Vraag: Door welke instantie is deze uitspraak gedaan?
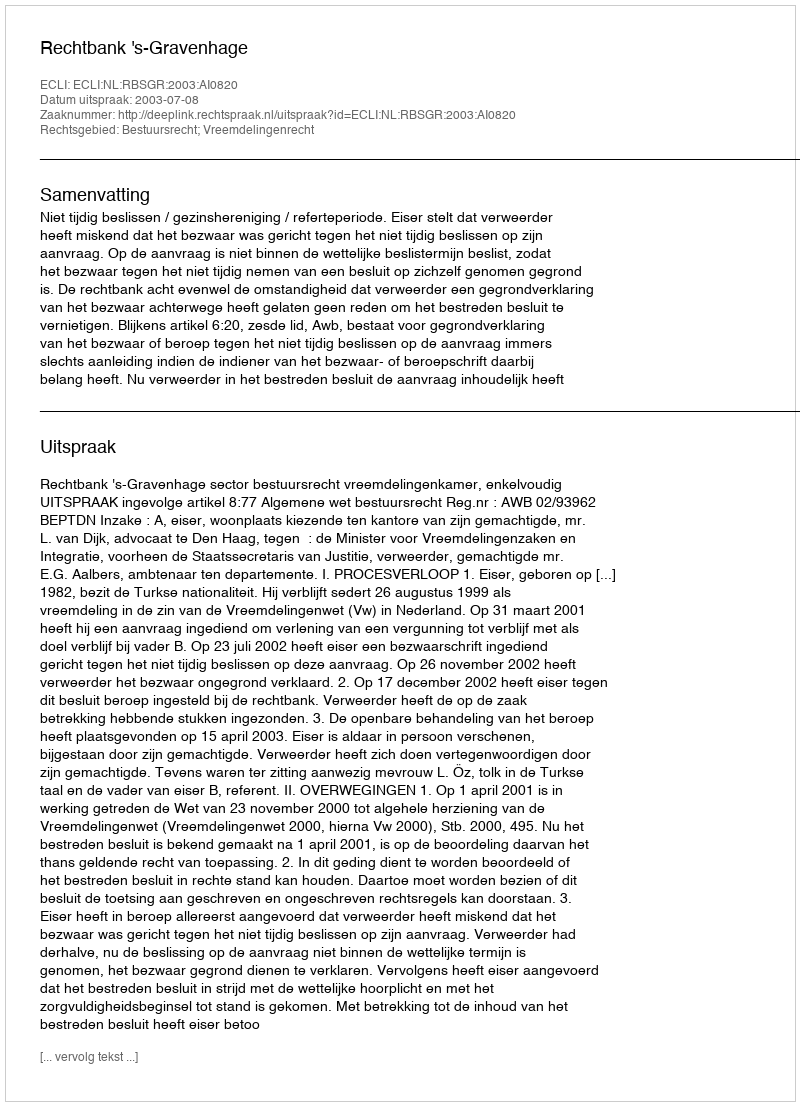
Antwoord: Rechtbank 's-Gravenhage